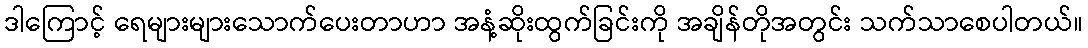
ဒါကြောင့် ရေများများသောက်ပေးတာဟာ အနံ့ဆိုးထွက်ခြင်းကို အချိန်တိုအတွင်း သက်သာစေပါတယ်။